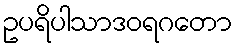
ဥပရိပါသာဒဝရဂတော